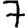
Digit: 7